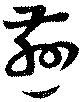
慈